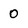
Character: 0